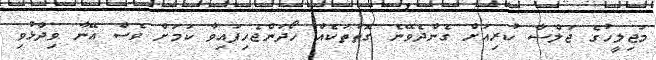
މަޖިލީހުގެ ޖަލްސާ ކުރިއަށް ގެންދެވޭނެ ގޮތްތަކެއް ހޯދަންޖެހިފައިވާ ކަމަށް ވެސް އޭނާ ވިދާޅުވި